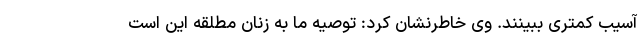
آسیب کمتری ببینند. وی خاطرنشان کرد: توصیه ما به زنان مطلقه این است